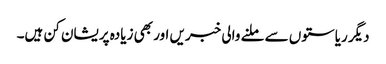
دیگر ریاستوں سے ملنے والی خبریں اور بھی زیادہ پریشان کن ہیں۔